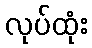
လုပ်ထုံး